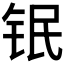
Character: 𲇸